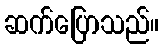
ဆက်ပြောသည်။